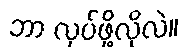
ဘာ လုပ်ဖို့လိုလဲ။